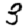
Digit: 3